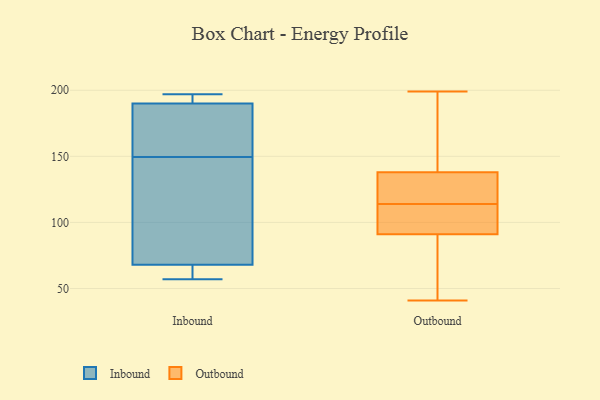
{"axis": {"x": "Page Views", "y": "Value"}, "legend": ["Inbound", "Outbound"], "data": [{"x": "", "y": 66, "type": "Inbound"}, {"x": "", "y": 93, "type": "Inbound"}, {"x": "", "y": 173, "type": "Inbound"}, {"x": "", "y": 190, "type": "Inbound"}, {"x": "", "y": 197, "type": "Inbound"}, {"x": "", "y": 149, "type": "Inbound"}, {"x": "", "y": 150, "type": "Inbound"}, {"x": "", "y": 194, "type": "Inbound"}, {"x": "", "y": 57, "type": "Inbound"}, {"x": "", "y": 68, "type": "Inbound"}, {"x": "", "y": 179, "type": "Outbound"}, {"x": "", "y": 91, "type": "Outbound"}, {"x": "", "y": 92, "type": "Outbound"}, {"x": "", "y": 138, "type": "Outbound"}, {"x": "", "y": 126, "type": "Outbound"}, {"x": "", "y": 199, "type": "Outbound"}, {"x": "", "y": 142, "type": "Outbound"}, {"x": "", "y": 117, "type": "Outbound"}, {"x": "", "y": 117, "type": "Outbound"}, {"x": "", "y": 57, "type": "Outbound"}, {"x": "", "y": 42, "type": "Outbound"}, {"x": "", "y": 108, "type": "Outbound"}, {"x": "", "y": 111, "type": "Outbound"}, {"x": "", "y": 41, "type": "Outbound"}]}